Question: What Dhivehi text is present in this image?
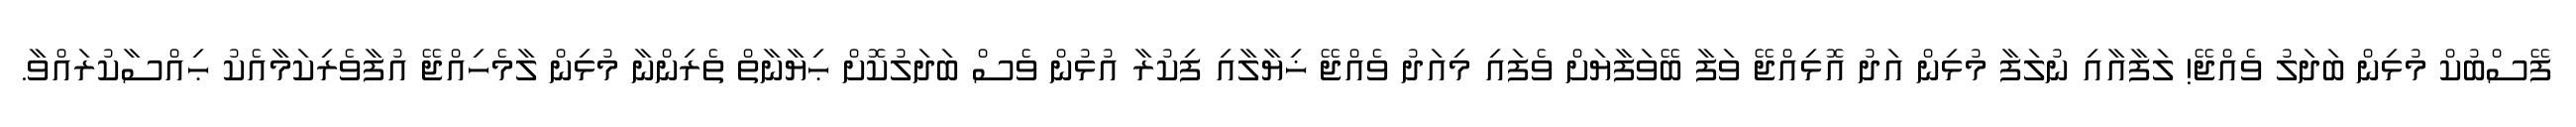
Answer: ފޭސްބުކް މުޅިން ބަދަލު ވެއްޖޭ! ލަފާއާއި ނުލަފާ މުޅިން އަދު އޮޅިއްޖޭ ވަފާ ބޭވަފާޔަށް ވެފައި މިއަދު ވެއްޖޭ ޚިޔާލާއި ފިކުރާ އުޅުން ވެސް ބަދަލުކޮށް ޙިޔާނާތް ތެރިންނާ މުޅިން ލާމެހިއްޖޭ އުފާވެރިކަމާއެކު ޙިއްސާކުރައްވާ.